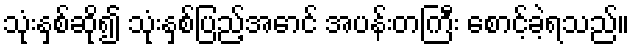
သုံးနှစ်ဆို၍ သုံးနှစ်ပြည့်အောင် အပန်းတကြီး စောင့်ခဲ့ရသည်။